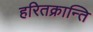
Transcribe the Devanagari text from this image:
हरितक्रान्ति